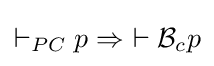
\vdash _{PC}p\Rightarrow \ \vdash {\mathcal {B}}_{c}p